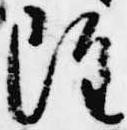
雖